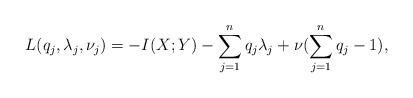
LaTeX: \begin{align*}L(q_j,\lambda_j,\nu_j)= - I(X;Y) - \sum_{j=1}^{n}{{q_j}{\lambda_j}} + \nu (\sum_{j=1}^{n}{q_j}-1), \end{align*}